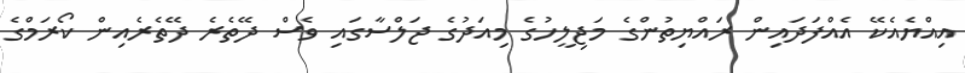
އިއްޔެއެކޭ އެއްފަދައިން ރައްޔިތުންގެ މަޖިލީހުގެ މިއަދުގެ ޖަލްސާގައި ވެސް ދޭތެރެ ދޭތެރެއިން ކޯރަމްގެ